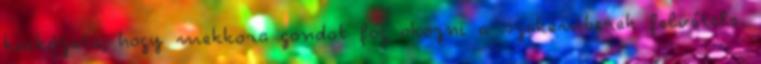
kockázata, hogy mekkora gondot fog okozni a szakemberek felvétele.